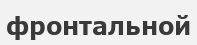
фронтальной